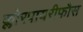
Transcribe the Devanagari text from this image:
क्लोरपायरीफौस